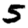
Digit: 5